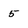
Character: 5